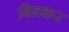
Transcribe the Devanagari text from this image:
बिनकर